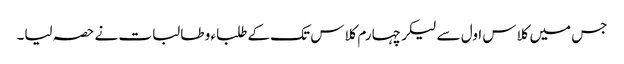
جس میں کلاس اول سے لیکر چہارم کلاس تک کے طلباء و طالبات نے حصہ لیا۔